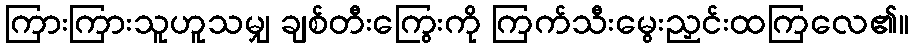
ကြားကြားသူဟူသမျှ ချစ်တီးကြွေးကို ကြက်သီးမွေးညှင်းထကြလေ၏။